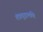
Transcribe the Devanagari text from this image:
तंत्रचूड़ामणि